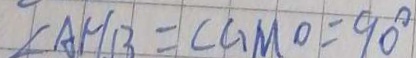
\angle A H B = \angle G M O = 9 0 ^ { \circ }